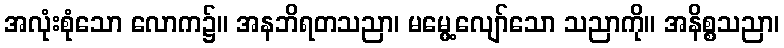
အလုံးစုံသော လောက၌။ အနဘိရတသညာ၊ မမွေ့လျော်သော သညာကို။ အနိစ္စသညာ၊